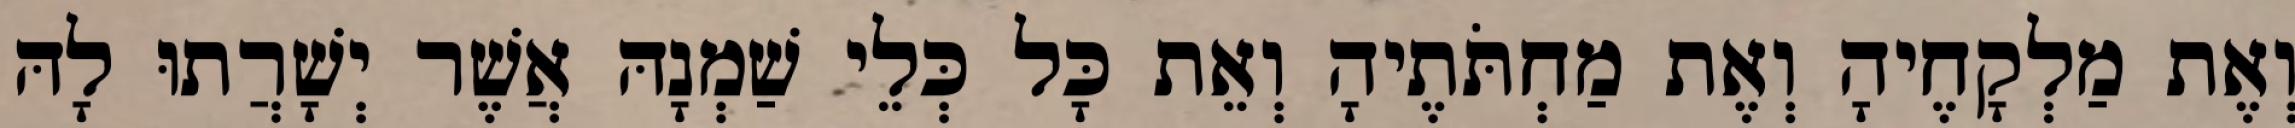
וְאֶת מַלְקָחֶיהָ וְאֶת מַחְתֹּתֶיהָ וְאֵת כָּל כְּלֵי שַׁמְנָהּ אֲשֶׁר יְשָׁרֲתוּ לָהּ